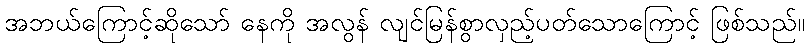
အဘယ်ကြောင့်ဆိုသော် နေကို အလွန် လျင်မြန်စွာလှည့်ပတ်သောကြောင့် ဖြစ်သည်။